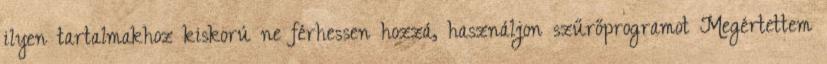
ilyen tartalmakhoz kiskorú ne férhessen hozzá, használjon szűrőprogramot Megértettem